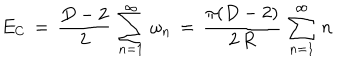
E _ { \mathrm { C } } \, = \, \frac { D - 2 } { 2 } \, \sum _ { n = 1 } ^ { \infty } \, \omega _ { n } \, = \, \frac { \pi ( D - 2 ) } { 2 \, R } \, \sum _ { n = 1 } ^ { \infty } \, n \,